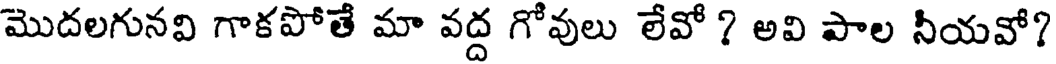
మొదలగునవి గాకపోతే మా వద్ద గోవులు లేవో ? అవి పాల నీయవో?